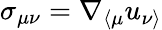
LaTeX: \sigma_{\mu\nu}=\nabla_{\langle\mu}u_{\nu\rangle}